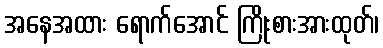
အနေအထား ရောက်အောင် ကြိုးစားအားထုတ်၊